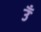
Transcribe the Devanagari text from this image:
उँ